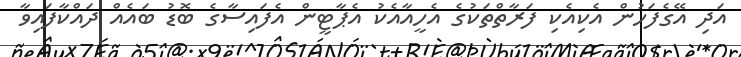
އަދި އޭގެފަހުން އެކިއެކި ފަރާތްތަކުގެ އެހީއާއެކު އެޕާޓީން އެފައިސާގެ ބޮޑު ބައެއް ދައްކާފައިވާ